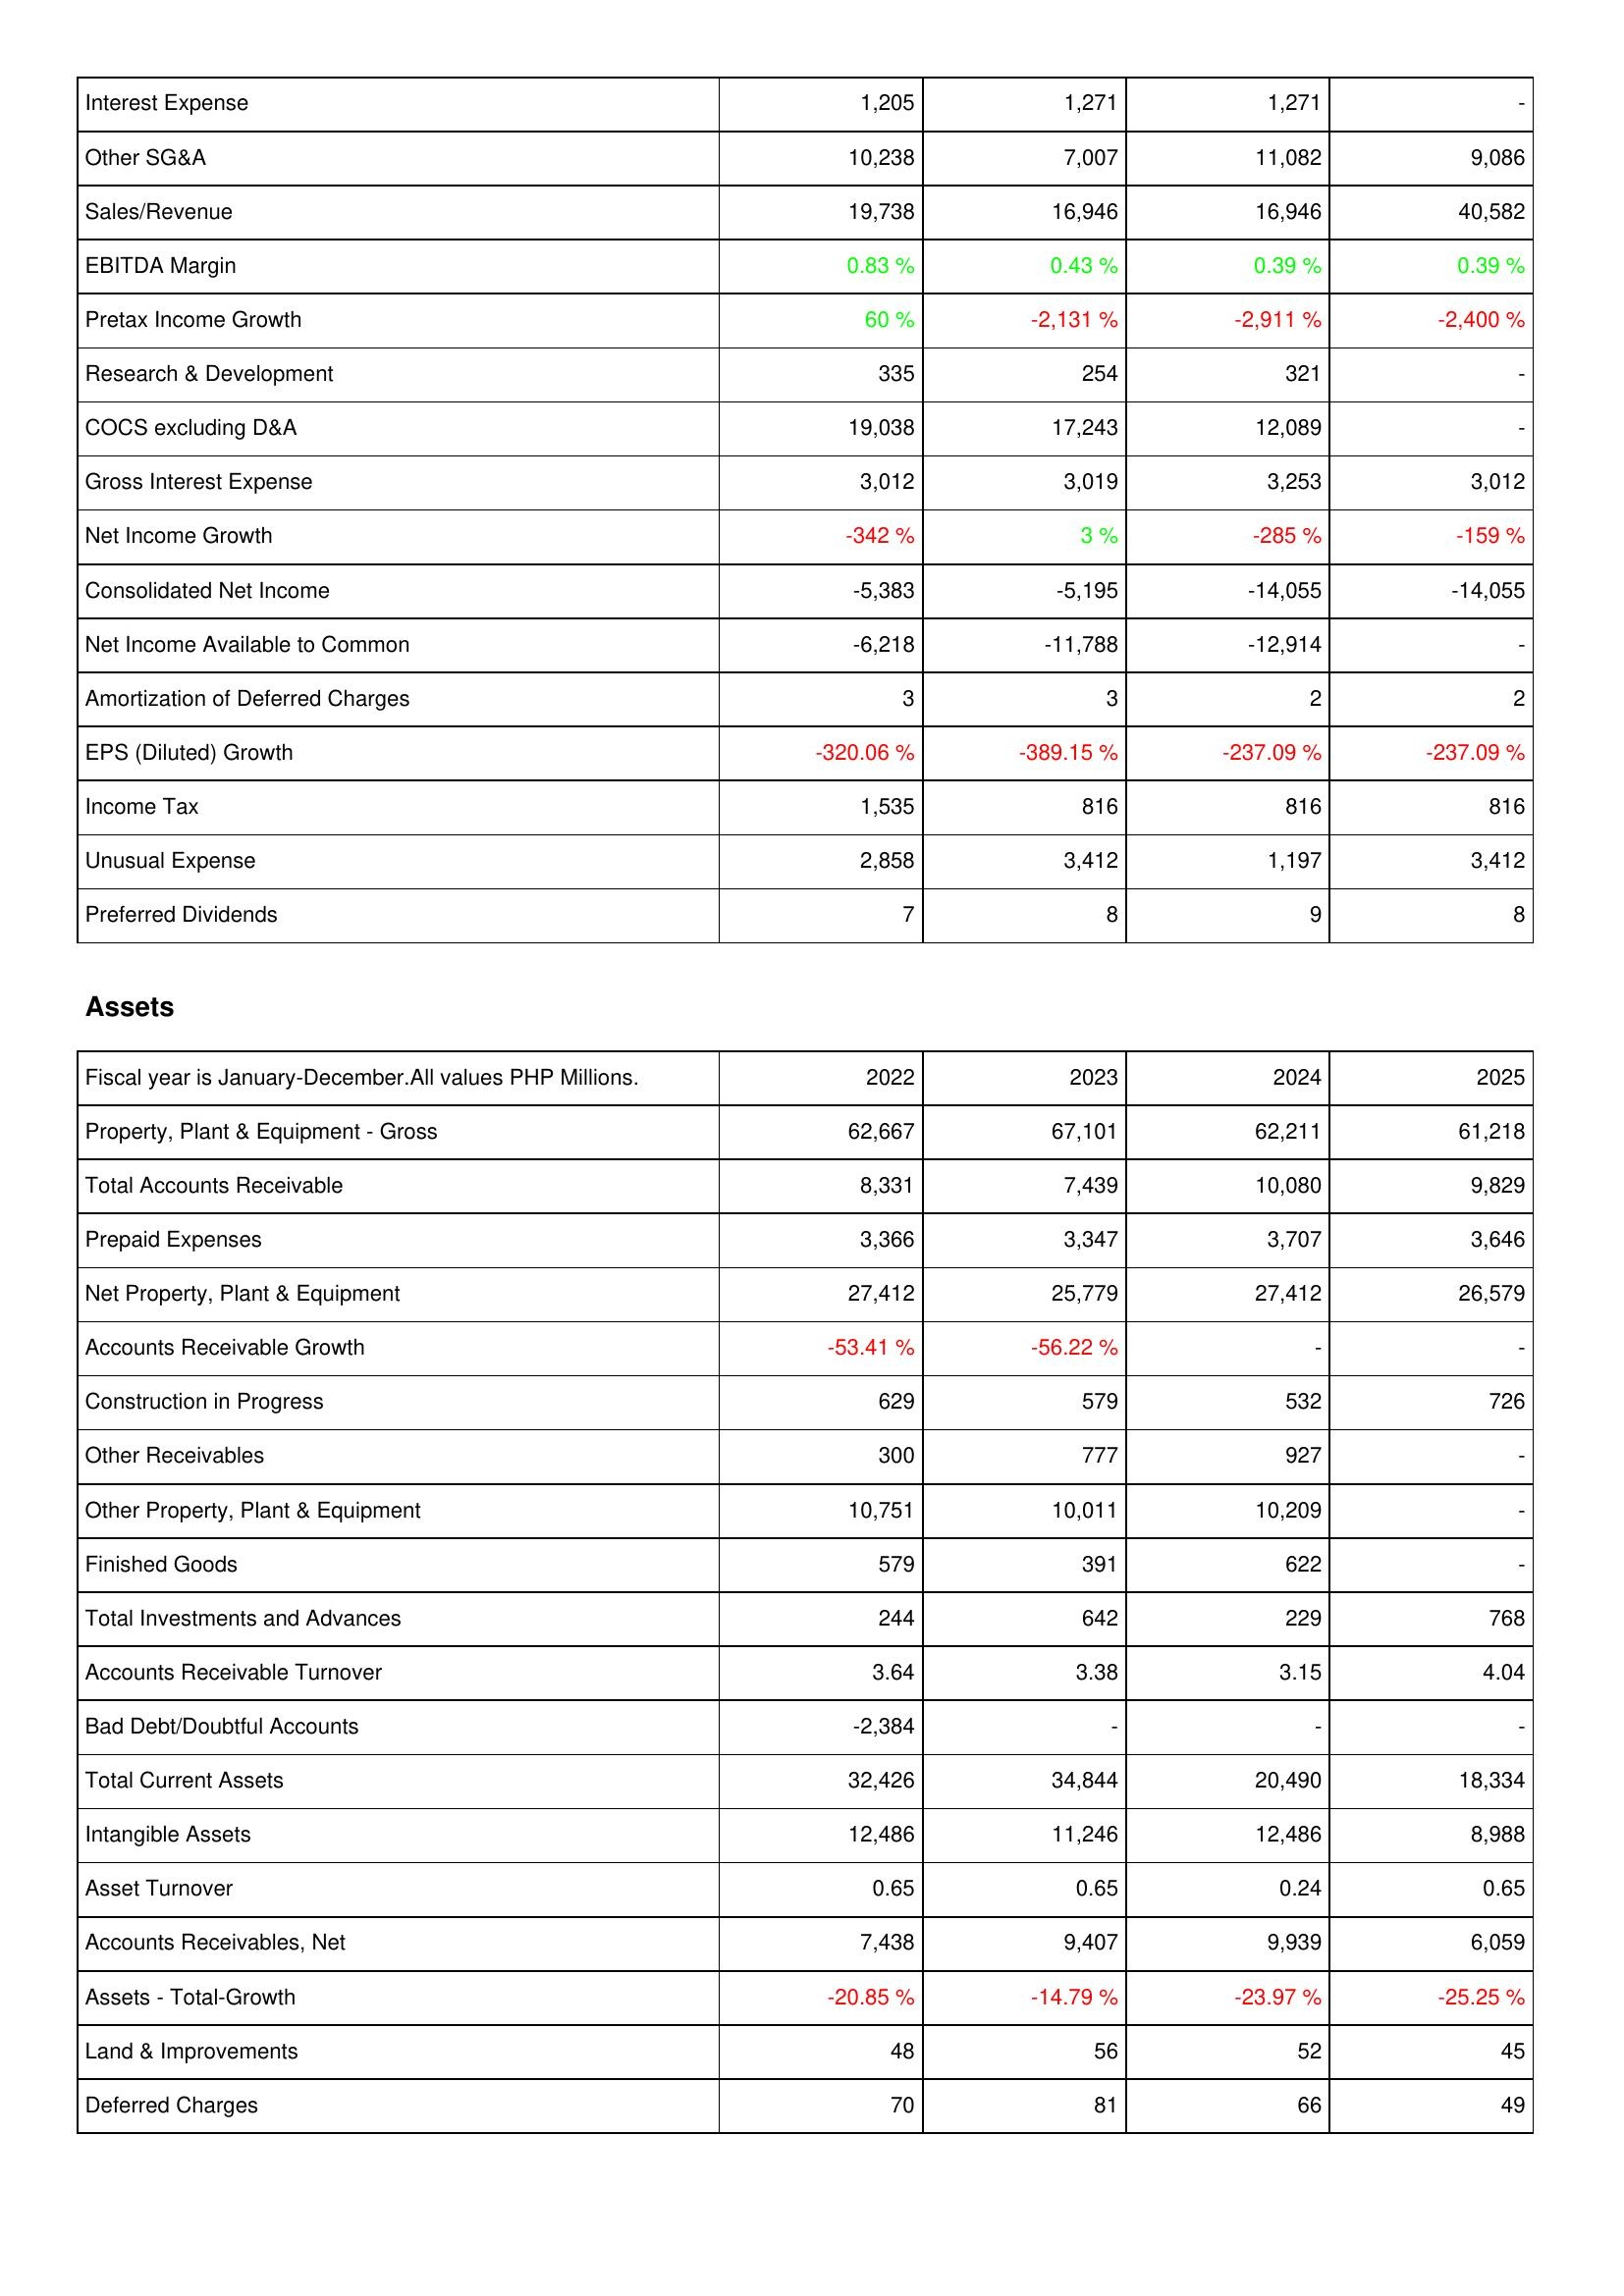
2022: Income Statement: Interest Expense: 1,205
Other SG&A: 10,238
Sales/Revenue: 19,738
EBITDA Margin: 0.83 %
Pretax Income Growth: 60 %
Research & Development: 335
COCS excluding D&A: 19,038
Gross Interest Expense: 3,012
Net Income Growth: -342 %
Consolidated Net Income: -5,383
Net Income Available to Common: -6,218
Amortization of Deferred Charges: 3
EPS (Diluted) Growth: -320.06 %
Income Tax: 1,535
Unusual Expense: 2,858
Preferred Dividends: 7
Assets: Property, Plant & Equipment - Gross: 62,667
Total Accounts Receivable: 8,331
Prepaid Expenses: 3,366
Net Property, Plant & Equipment: 27,412
Accounts Receivable Growth: -53.41 %
Construction in Progress: 629
Other Receivables: 300
Other Property, Plant & Equipment: 10,751
Finished Goods: 579
Total Investments and Advances: 244
Accounts Receivable Turnover: 3.64
Bad Debt/Doubtful Accounts: -2,384
Total Current Assets: 32,426
Intangible Assets: 12,486
Asset Turnover: 0.65
Accounts Receivables, Net: 7,438
Assets - Total-Growth: -20.85 %
Land & Improvements: 48
Deferred Charges: 70
2023: Income Statement: Interest Expense: 1,271
Other SG&A: 7,007
Sales/Revenue: 16,946
EBITDA Margin: 0.43 %
Pretax Income Growth: -2,131 %
Research & Development: 254
COCS excluding D&A: 17,243
Gross Interest Expense: 3,019
Net Income Growth: 3 %
Consolidated Net Income: -5,195
Net Income Available to Common: -11,788
Amortization of Deferred Charges: 3
EPS (Diluted) Growth: -389.15 %
Income Tax: 816
Unusual Expense: 3,412
Preferred Dividends: 8
Assets: Property, Plant & Equipment - Gross: 67,101
Total Accounts Receivable: 7,439
Prepaid Expenses: 3,347
Net Property, Plant & Equipment: 25,779
Accounts Receivable Growth: -56.22 %
Construction in Progress: 579
Other Receivables: 777
Other Property, Plant & Equipment: 10,011
Finished Goods: 391
Total Investments and Advances: 642
Accounts Receivable Turnover: 3.38
Bad Debt/Doubtful Accounts: -
Total Current Assets: 34,844
Intangible Assets: 11,246
Asset Turnover: 0.65
Accounts Receivables, Net: 9,407
Assets - Total-Growth: -14.79 %
Land & Improvements: 56
Deferred Charges: 81
2024: Income Statement: Interest Expense: 1,271
Other SG&A: 11,082
Sales/Revenue: 16,946
EBITDA Margin: 0.39 %
Pretax Income Growth: -2,911 %
Research & Development: 321
COCS excluding D&A: 12,089
Gross Interest Expense: 3,253
Net Income Growth: -285 %
Consolidated Net Income: -14,055
Net Income Available to Common: -12,914
Amortization of Deferred Charges: 2
EPS (Diluted) Growth: -237.09 %
Income Tax: 816
Unusual Expense: 1,197
Preferred Dividends: 9
Assets: Property, Plant & Equipment - Gross: 62,211
Total Accounts Receivable: 10,080
Prepaid Expenses: 3,707
Net Property, Plant & Equipment: 27,412
Accounts Receivable Growth: -
Construction in Progress: 532
Other Receivables: 927
Other Property, Plant & Equipment: 10,209
Finished Goods: 622
Total Investments and Advances: 229
Accounts Receivable Turnover: 3.15
Bad Debt/Doubtful Accounts: -
Total Current Assets: 20,490
Intangible Assets: 12,486
Asset Turnover: 0.24
Accounts Receivables, Net: 9,939
Assets - Total-Growth: -23.97 %
Land & Improvements: 52
Deferred Charges: 66
2025: Income Statement: Interest Expense: -
Other SG&A: 9,086
Sales/Revenue: 40,582
EBITDA Margin: 0.39 %
Pretax Income Growth: -2,400 %
Research & Development: -
COCS excluding D&A: -
Gross Interest Expense: 3,012
Net Income Growth: -159 %
Consolidated Net Income: -14,055
Net Income Available to Common: -
Amortization of Deferred Charges: 2
EPS (Diluted) Growth: -237.09 %
Income Tax: 816
Unusual Expense: 3,412
Preferred Dividends: 8
Assets: Property, Plant & Equipment - Gross: 61,218
Total Accounts Receivable: 9,829
Prepaid Expenses: 3,646
Net Property, Plant & Equipment: 26,579
Accounts Receivable Growth: -
Construction in Progress: 726
Other Receivables: -
Other Property, Plant & Equipment: -
Finished Goods: -
Total Investments and Advances: 768
Accounts Receivable Turnover: 4.04
Bad Debt/Doubtful Accounts: -
Total Current Assets: 18,334
Intangible Assets: 8,988
Asset Turnover: 0.65
Accounts Receivables, Net: 6,059
Assets - Total-Growth: -25.25 %
Land & Improvements: 45
Deferred Charges: 49